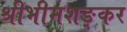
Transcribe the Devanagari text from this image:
श्रीभीमशङ्कर